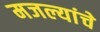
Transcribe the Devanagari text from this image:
मजल्यांचे